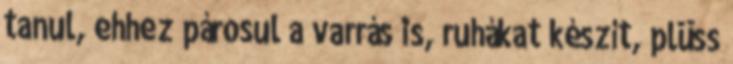
tanul, ehhez párosul a varrás is, ruhákat készít, plüss